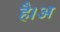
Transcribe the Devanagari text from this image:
है।अ